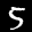
Label: 5